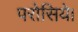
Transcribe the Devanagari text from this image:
परोसिये।